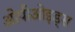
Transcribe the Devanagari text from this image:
ओपीओइड्स